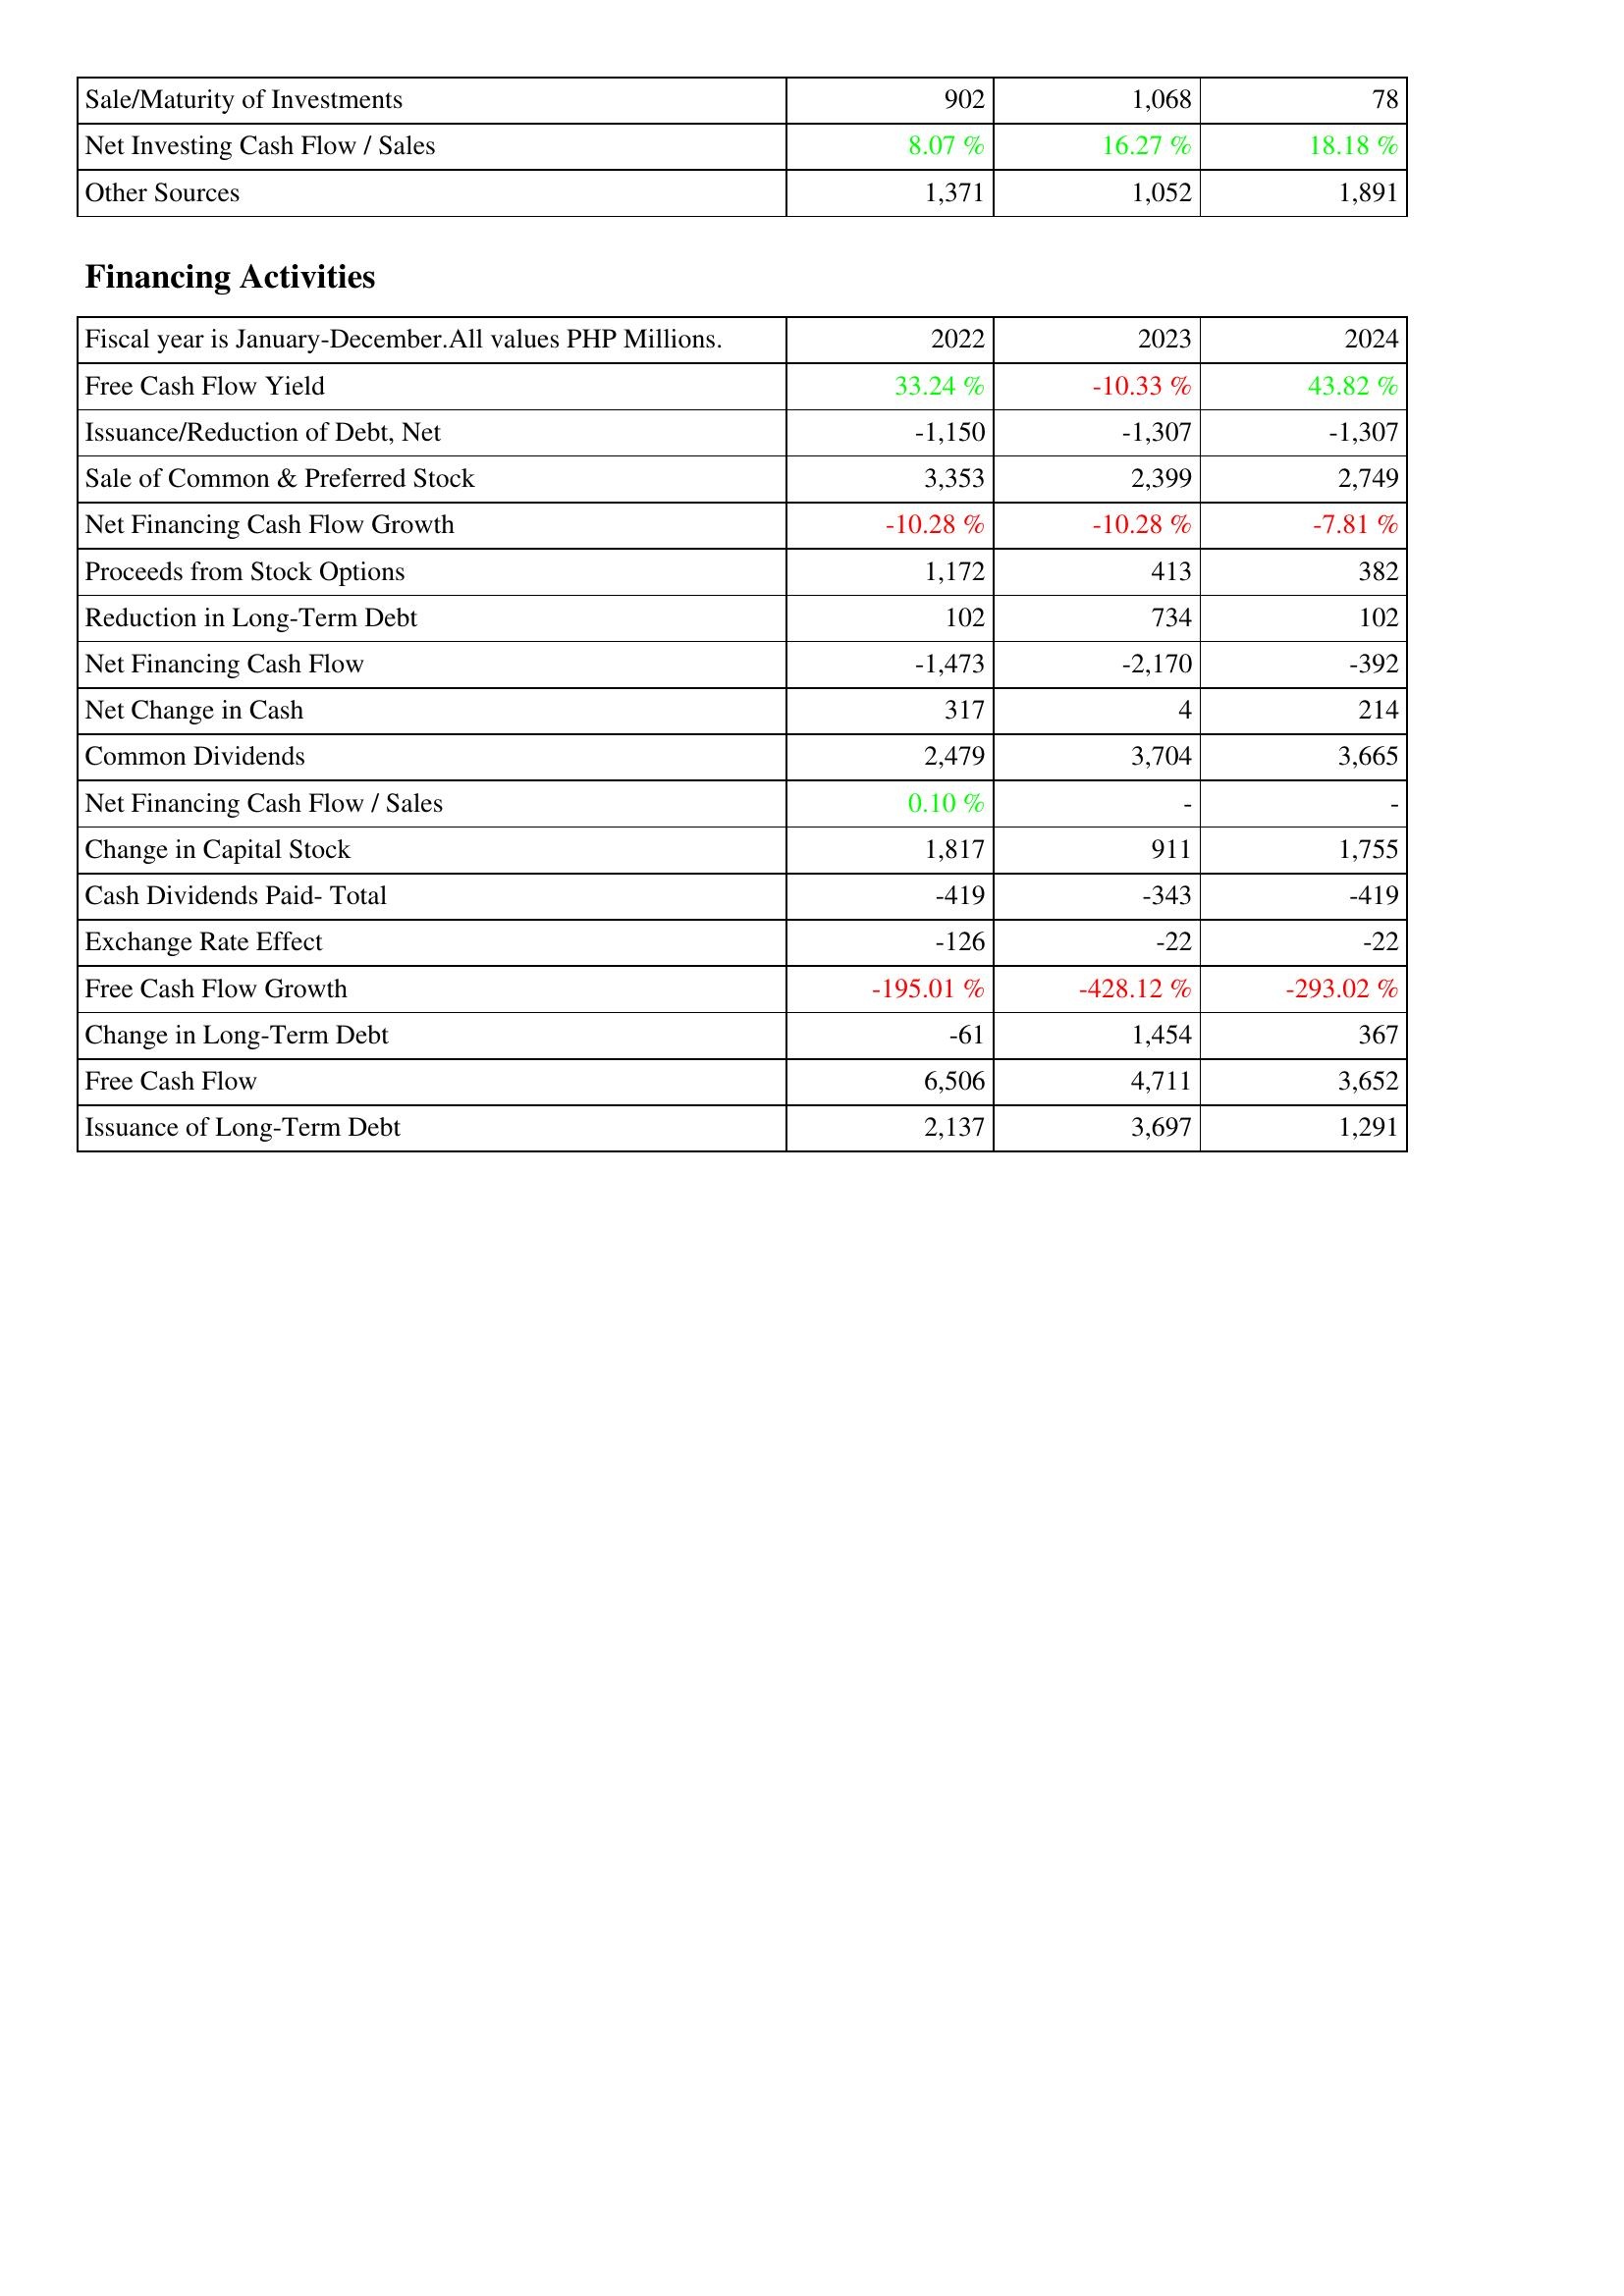
2022: Investing Activities: Sale/Maturity of Investments: 902
Net Investing Cash Flow / Sales: 8.07 %
Other Sources: 1,371
Financing Activities: Free Cash Flow Yield: 33.24 %
Issuance/Reduction of Debt, Net: -1,150
Sale of Common & Preferred Stock: 3,353
Net Financing Cash Flow Growth: -10.28 %
Proceeds from Stock Options: 1,172
Reduction in Long-Term Debt: 102
Net Financing Cash Flow: -1,473
Net Change in Cash: 317
Common Dividends: 2,479
Net Financing Cash Flow / Sales: 0.10 %
Change in Capital Stock: 1,817
Cash Dividends Paid- Total: -419
Exchange Rate Effect: -126
Free Cash Flow Growth: -195.01 %
Change in Long-Term Debt: -61
Free Cash Flow: 6,506
Issuance of Long-Term Debt: 2,137
2023: Investing Activities: Sale/Maturity of Investments: 1,068
Net Investing Cash Flow / Sales: 16.27 %
Other Sources: 1,052
Financing Activities: Free Cash Flow Yield: -10.33 %
Issuance/Reduction of Debt, Net: -1,307
Sale of Common & Preferred Stock: 2,399
Net Financing Cash Flow Growth: -10.28 %
Proceeds from Stock Options: 413
Reduction in Long-Term Debt: 734
Net Financing Cash Flow: -2,170
Net Change in Cash: 4
Common Dividends: 3,704
Net Financing Cash Flow / Sales: -
Change in Capital Stock: 911
Cash Dividends Paid- Total: -343
Exchange Rate Effect: -22
Free Cash Flow Growth: -428.12 %
Change in Long-Term Debt: 1,454
Free Cash Flow: 4,711
Issuance of Long-Term Debt: 3,697
2024: Investing Activities: Sale/Maturity of Investments: 78
Net Investing Cash Flow / Sales: 18.18 %
Other Sources: 1,891
Financing Activities: Free Cash Flow Yield: 43.82 %
Issuance/Reduction of Debt, Net: -1,307
Sale of Common & Preferred Stock: 2,749
Net Financing Cash Flow Growth: -7.81 %
Proceeds from Stock Options: 382
Reduction in Long-Term Debt: 102
Net Financing Cash Flow: -392
Net Change in Cash: 214
Common Dividends: 3,665
Net Financing Cash Flow / Sales: -
Change in Capital Stock: 1,755
Cash Dividends Paid- Total: -419
Exchange Rate Effect: -22
Free Cash Flow Growth: -293.02 %
Change in Long-Term Debt: 367
Free Cash Flow: 3,652
Issuance of Long-Term Debt: 1,291